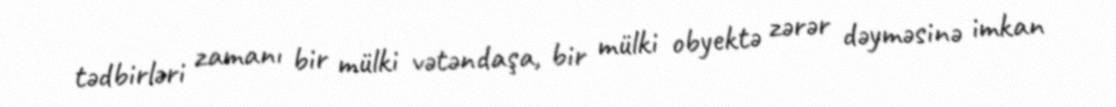
tədbirləri zamanı bir mülki vətəndaşa, bir mülki obyektə zərər dəyməsinə imkan